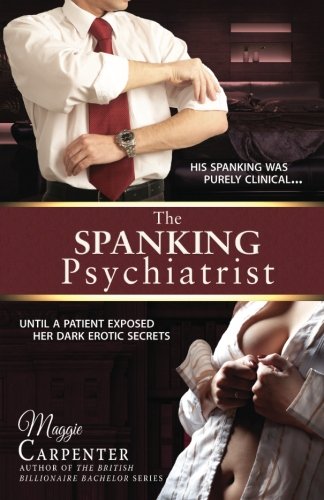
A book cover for The Spanking Psychiatrist; Maggie Carpenter; Romance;